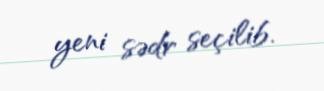
yeni sədr seçilib.